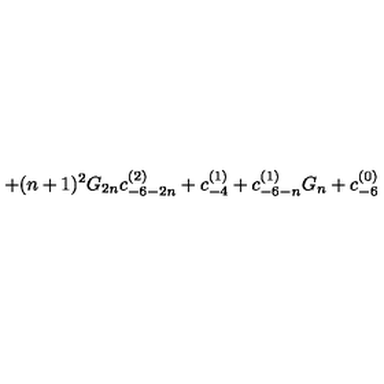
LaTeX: + ( n + 1 ) ^ { 2 } G _ { 2 n } c _ { - 6 - 2 n } ^ { ( 2 ) } + c _ { - 4 } ^ { ( 1 ) } + c _ { - 6 - n } ^ { ( 1 ) } G _ { n } + c _ { - 6 } ^ { ( 0 ) }